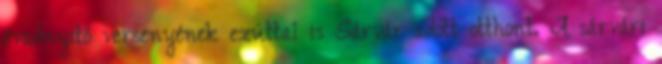
évadnyitó versenyének ezúttal is Sárvár adott otthont. A sárvári